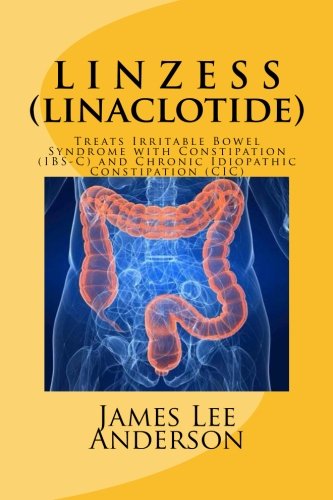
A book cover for LINZESS (Linaclotide): Treats Irritable Bowel Syndrome with Constipation (IBS-C) and Chronic Idiopathic Constipation (CIC); James Lee Anderson; Health, Fitness & Dieting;